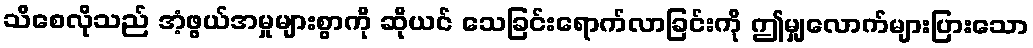
သိစေလိုသည် အံ့ဖွယ်အမှုများစွာကို ဆိုယင် သေခြင်းရောက်လာခြင်းကို ဤမျှလောက်များပြားသော